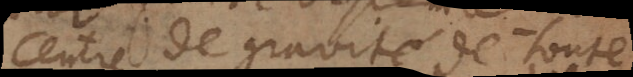
centre de gravité de toute